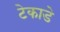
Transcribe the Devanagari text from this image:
टेकाडे